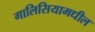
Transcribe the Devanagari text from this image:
गालिसियामधील